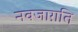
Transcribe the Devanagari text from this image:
नवजाग़ति